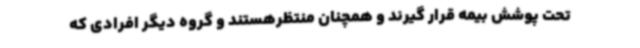
تحت پوشش بیمه قرار گیرند و همچنان منتظرهستند و گروه دیگر افرادی که